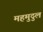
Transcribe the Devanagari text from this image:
महमुदुल